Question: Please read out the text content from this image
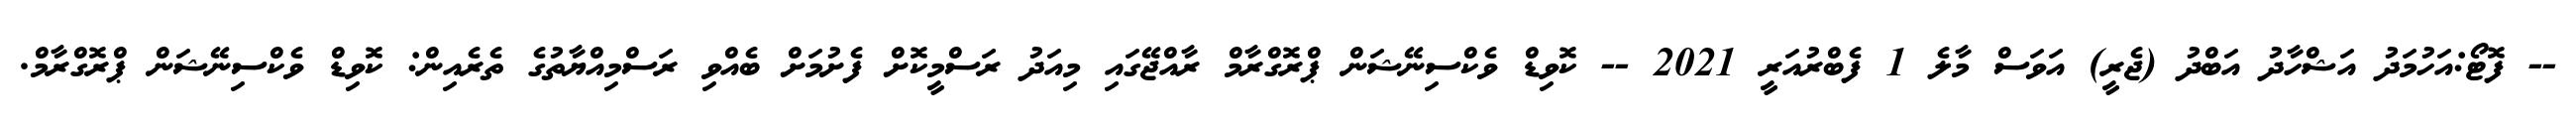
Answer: -- ފޮޓޯ:އަހުމަދު އަޝްހާދު އަބްދު (ޖެރީ) އަވަސް މާލެ 1 ފެބްރުއަރީ 2021 -- ކޮވިޑް ވެކްސިނޭޝަން ޕްރޮގްރާމް ރާއްޖޭގައި މިއަދު ރަސްމީކޮށް ފެށުމަށް ބެއްވި ރަސްމިއްޔާތުގެ ތެރެއިން: ކޮވިޑް ވެކްސިނޭޝަން ޕްރޮގްރާމް.